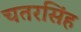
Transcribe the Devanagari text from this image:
चतरसिंह